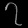
Digit: ၇